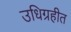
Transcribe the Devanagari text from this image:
उधिग्रहीत